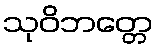
သုဝိဘတ္တေ